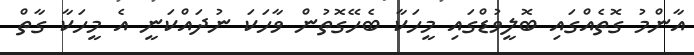
އާންމު ގޮތެއްގައި ބޮލީވުޑްގައި މީހަކާ ބެހޭގޮތުން ވާހަކަ ނުދައްކަނީ އެ މީހަކާ ގާތް